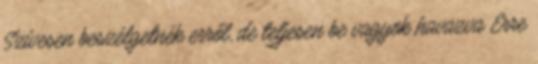
Szívesen beszélgetnék erről, de teljesen be vagyok havazva Erre